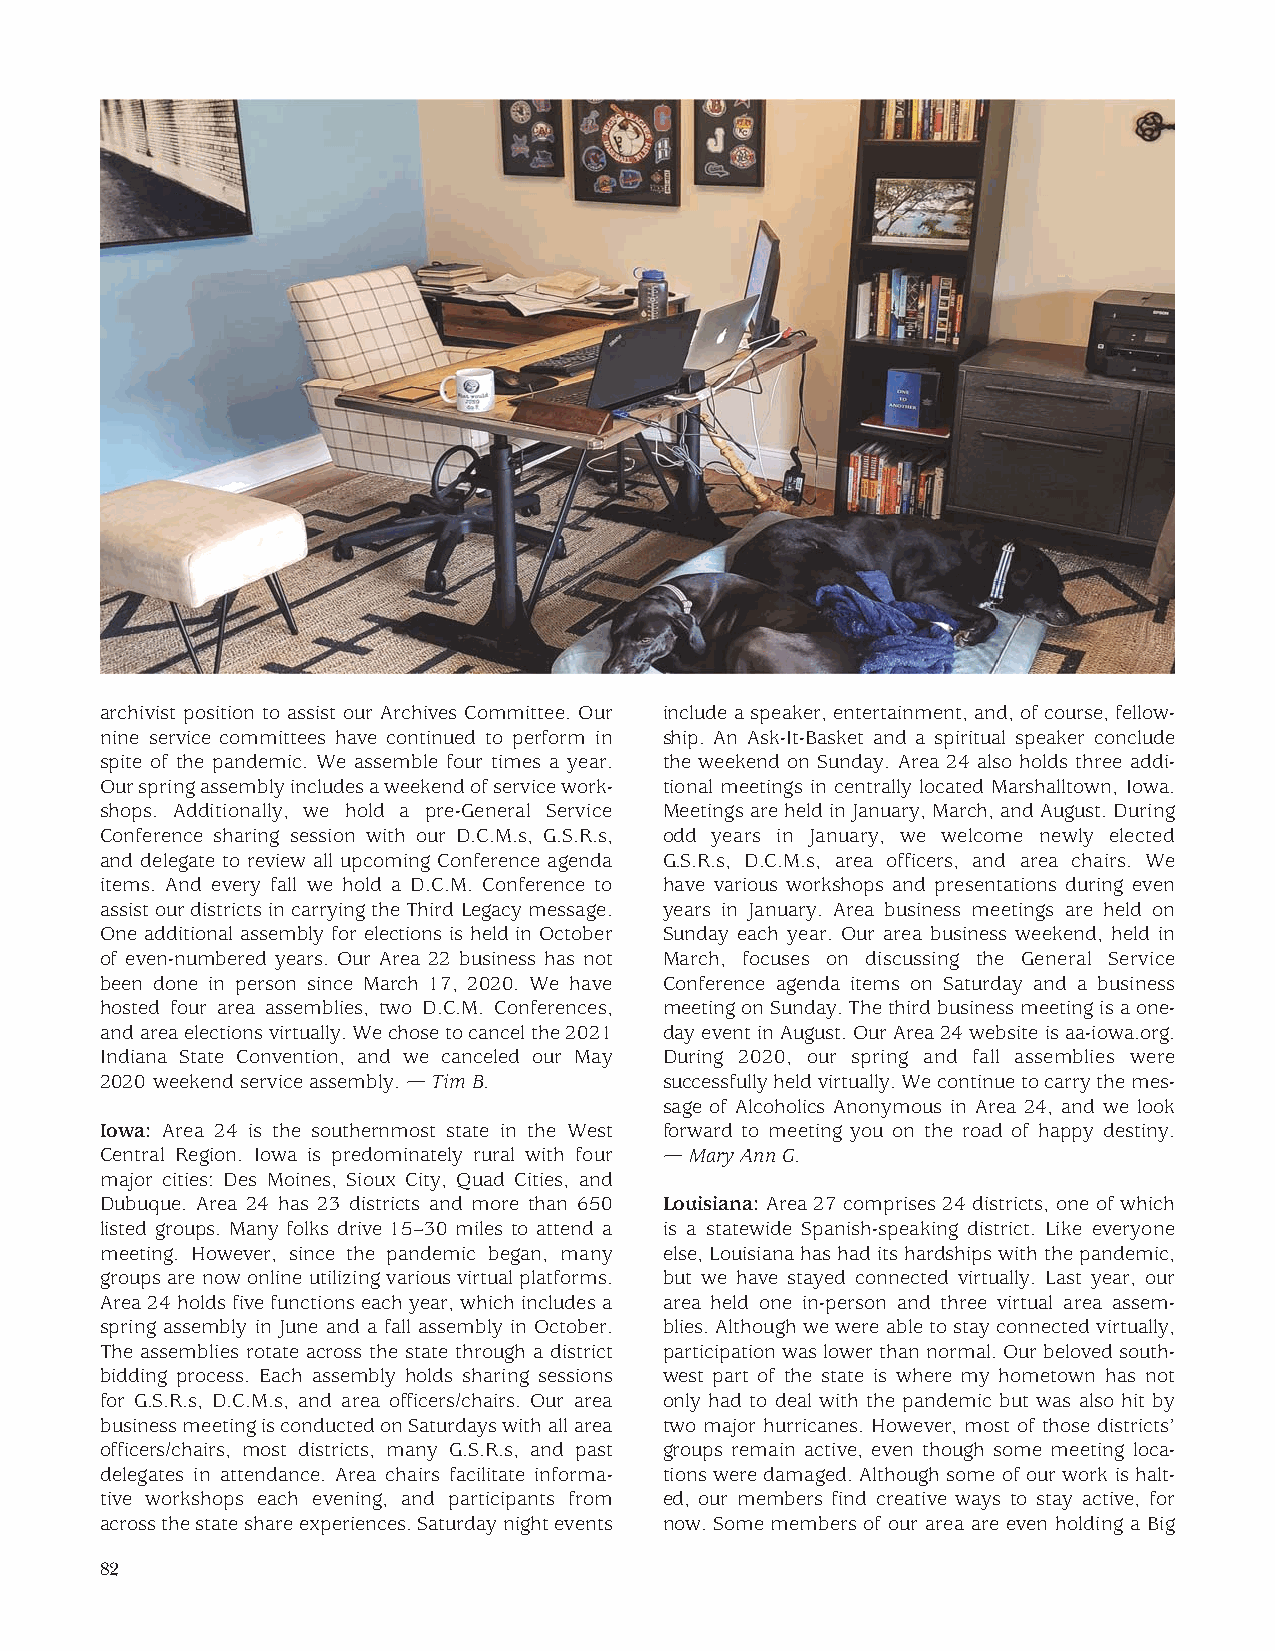
archivist position to assist our Archives Committee. Our include a speaker, entertainment, and, of course, fellow-
 nine service committees have continued to perform in ship. An Ask-It-Basket and a spiritual speaker conclude
 spite of the pandemic. We assemble four times a year. the weekend on Sunday. Area 24 also holds three addi-
 Our spring assembly includes a weekend of service work- tional meetings in centrally located Marshalltown, Iowa.
 shops. Additionally, we hold a pre-General Service Meetings are held in January, March, and August. During
 Conference sharing session with our D.C.M.s, G.S.R.s, odd years in January, we welcome newly elected
 and delegate to review all upcoming Conference agenda G.S.R.s, D.C.M.s, area officers, and area chairs. We
 items. And every fall we hold a D.C.M. Conference to have various workshops and presentations during even
 assist our districts in carrying the Third Legacy message. years in January. Area business meetings are held on
 One additional assembly for elections is held in October Sunday each year. Our area business weekend, held in
 of even-numbered years. Our Area 22 business has not March, focuses on discussing the General Service
 been done in person since March 17, 2020. We have Conference agenda items on Saturday and a business
 hosted four area assemblies, two D.C.M. Conferences, meeting on Sunday. The third business meeting is a one-
 and area elections virtually. We chose to cancel the 2021 day event in August. Our Area 24 website is aa-iowa.org.
 Indiana State Convention, and we canceled our May During 2020, our spring and fall assemblies were
 2020 weekend service assembly. — Tim B. successfully held virtually. We continue to carry the mes-
 sage of Alcoholics Anonymous in Area 24, and we look
 Iowa: Area 24 is the southernmost state in the West forward to meeting you on the road of happy destiny.
 Central Region. Iowa is predominately rural with four — Mary Ann G.
 major cities: Des Moines, Sioux City, Quad Cities, and
 Dubuque. Area 24 has 23 districts and more than 650 Louisiana: Area 27 comprises 24 districts, one of which
 listed groups. Many folks drive 15–30 miles to attend a is a statewide Spanish-speaking district. Like everyone
 meeting. However, since the pandemic began, many else, Louisiana has had its hardships with the pandemic,
 groups are now online utilizing various virtual platforms. but we have stayed connected virtually. Last year, our
 Area 24 holds five functions each year, which includes a area held one in-person and three virtual area assem-
 spring assembly in June and a fall assembly in October. blies. Although we were able to stay connected virtually,
 The assemblies rotate across the state through a district participation was lower than normal. Our beloved south-
 bidding process. Each assembly holds sharing sessions west part of the state is where my hometown has not
 for G.S.R.s, D.C.M.s, and area officers/chairs. Our area only had to deal with the pandemic but was also hit by
 business meeting is conducted on Saturdays with all area two major hurricanes. However, most of those districts’
 officers/chairs, most districts, many G.S.R.s, and past groups remain active, even though some meeting loca-
 delegates in attendance. Area chairs facilitate informa- tions were damaged. Although some of our work is halt-
 tive workshops each evening, and participants from ed, our members find creative ways to stay active, for
 across the state share experiences. Saturday night events now. Some members of our area are even holding a Big
 82